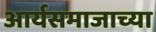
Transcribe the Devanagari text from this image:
आर्यसमाजाच्या